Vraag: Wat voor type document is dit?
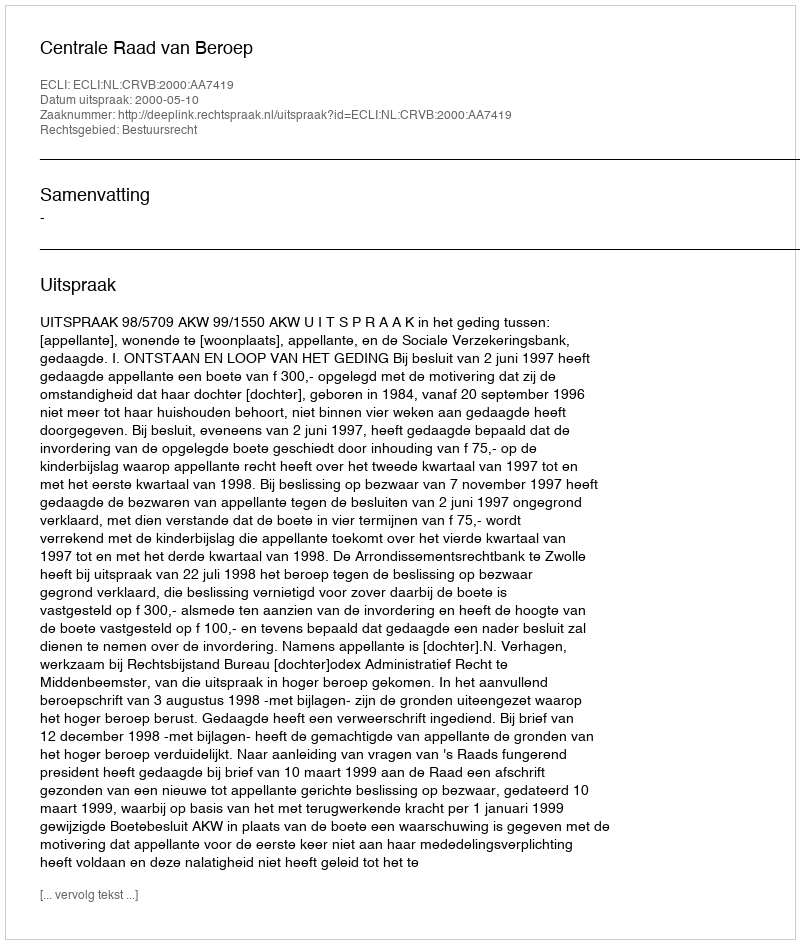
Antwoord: Uitspraak